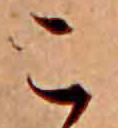
こ